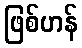
ဖြစ်ဟန်